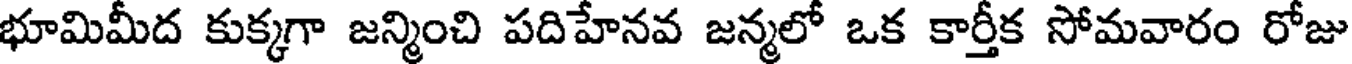
భూమిమీద కుక్కగా జన్మించి పదిహేనవ జన్మలో ఒక కార్తీక సోమవారం రోజు